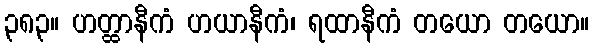
၃၈၃။ ဟတ္ထာနီကံ ဟယာနီကံ၊ ရထာနီကံ တယော တယော။